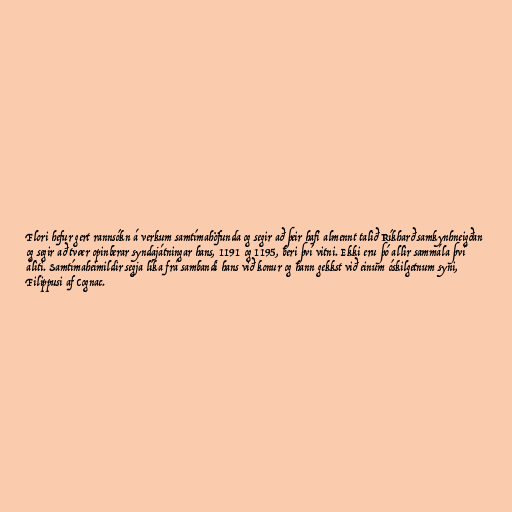
Flori hefur gert rannsókn á verkum samtímahöfunda og segir að þeir hafi almennt talið Ríkharð samkynhneigðan
og segir að tvær opinberar syndajátningar hans, 1191 og 1195, beri því vitni. Ekki eru þó allir sammála því
áliti. Samtímaheimildir segja líka frá sambandi hans við konur og hann gekkst við einum óskilgetnum syni,
Filippusi af Cognac.